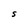
Character: S